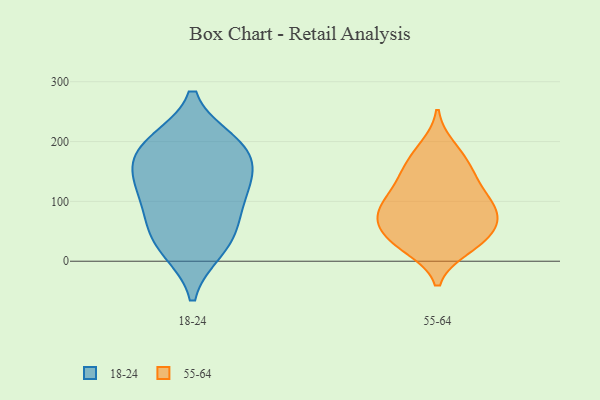
{"axis": {"x": "Bounce Rate (%)", "y": "Value"}, "legend": ["18-24", "55-64"], "data": [{"x": "", "y": 136, "type": "18-24"}, {"x": "", "y": 19, "type": "18-24"}, {"x": "", "y": 178, "type": "18-24"}, {"x": "", "y": 100, "type": "18-24"}, {"x": "", "y": 23, "type": "18-24"}, {"x": "", "y": 58, "type": "18-24"}, {"x": "", "y": 199, "type": "18-24"}, {"x": "", "y": 198, "type": "18-24"}, {"x": "", "y": 186, "type": "18-24"}, {"x": "", "y": 128, "type": "18-24"}, {"x": "", "y": 68, "type": "18-24"}, {"x": "", "y": 139, "type": "18-24"}, {"x": "", "y": 65, "type": "55-64"}, {"x": "", "y": 153, "type": "55-64"}, {"x": "", "y": 33, "type": "55-64"}, {"x": "", "y": 41, "type": "55-64"}, {"x": "", "y": 80, "type": "55-64"}, {"x": "", "y": 141, "type": "55-64"}, {"x": "", "y": 94, "type": "55-64"}, {"x": "", "y": 66, "type": "55-64"}, {"x": "", "y": 101, "type": "55-64"}, {"x": "", "y": 22, "type": "55-64"}, {"x": "", "y": 136, "type": "55-64"}, {"x": "", "y": 24, "type": "55-64"}, {"x": "", "y": 176, "type": "55-64"}, {"x": "", "y": 107, "type": "55-64"}, {"x": "", "y": 190, "type": "55-64"}, {"x": "", "y": 56, "type": "55-64"}, {"x": "", "y": 86, "type": "55-64"}]}